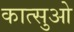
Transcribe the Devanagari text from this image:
कात्सुओ